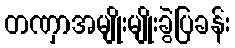
တဏှာအမျိုးမျိုးခွဲပြခန်း